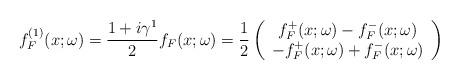
LaTeX: \begin{align*}f_F^{(1)}(x;\omega)=\frac{1+i\gamma^1}{2}f_F(x;\omega)=\frac{1}{2}\left(\begin{array}{c}f_F^+(x;\omega)-f_F^-(x;\omega)\\-f_F^+(x;\omega)+f_F^-(x;\omega)\end{array}\right)\end{align*}